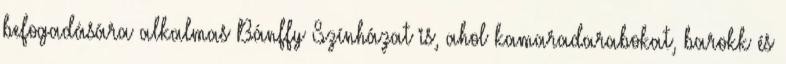
befogadására alkalmas Bánffy Színházat is, ahol kamaradarabokat, barokk és